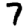
Digit: 7